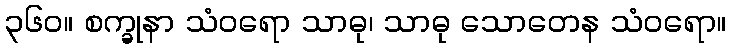
၃၆၀။ စက္ခုနာ သံဝရော သာဓု၊ သာဓု သောတေန သံဝရော။